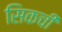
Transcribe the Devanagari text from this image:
सिकची